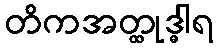
တိကအတ္ထုဒ္ဓါရ